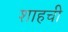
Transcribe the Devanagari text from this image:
शाहची